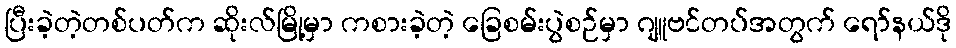
ပြီးခဲ့တဲ့တစ်ပတ်က ဆိုးလ်မြို့မှာ ကစားခဲ့တဲ့ ခြေစမ်းပွဲစဉ်မှာ ဂျူဗင်တပ်အတွက် ရော်နယ်ဒို